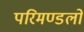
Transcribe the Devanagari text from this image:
परिमण्डलो